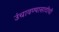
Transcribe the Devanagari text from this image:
उंचावण्यासाठीची